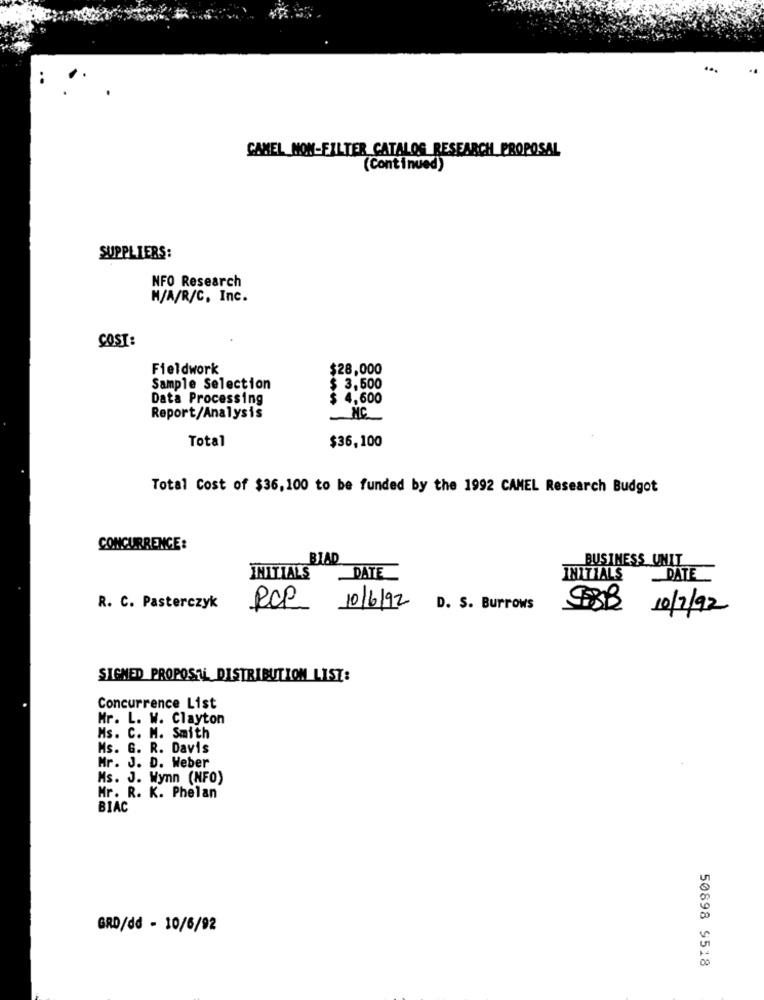
CAMEL NON-FILTER CATALOG RESEARCH PROPOSAL
(Continued)
SUPPLIERS:
NFO Research
N/A/R/C, Inc.
COST:
Fieldwork
$28,000
Sample Selection
$ 3,500
Data Processing
$ 4,600
Report/Analysis
MC
Total
$36,100
Total Cost of $36,100 to be funded by the 1992 CAMEL Research Budget
CONCURRENCE:
BLAD
BUSINESS UNIT
INITIALS
DATE
INITIALS
DATE
R. C. Pasterczyk
RCP 10/6/92
D. S. Burrows
SBB
10/2/92
SIGNED PROPOSAL DISTRIBUTION LIST:
Concurrence List
Mr. L. W. Clayton
Ms. C. M. Smith
Ms. G. R. Davis
Mr. J. D. Weber
Ms. J. Wynn (NFO)
Mr. R. K. Phelan
BIAC
GRD/dd - 10/6/92
50898 9518